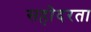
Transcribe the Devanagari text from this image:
सहोदरता